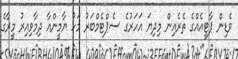
ވެޑިން ޕާޓީއެއްގެ ތެރެއިން މިދިޔަ އަހަރުގެ ސެޕްޓެމްބަރު މަހު ޔާމީންއާ ދިމާވިއިރު މީރާގެ